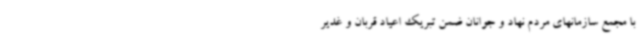
با مجمع سازمانهای مردم نهاد و جوانان ضمن تبریک اعیاد قربان و غدیر